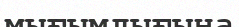
мығымдығына